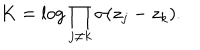
LaTeX: K = \log \prod _ { j \neq k } \sigma ( z _ { j } - z _ { k } ) .